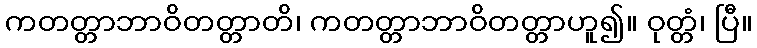
ကတတ္တာဘာဝိတတ္တာတိ၊ ကတတ္တာဘာဝိတတ္တာဟူ၍။ ဝုတ္တံ၊ ပြီ။